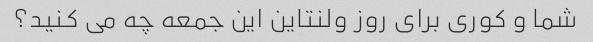
شما و کوری برای روز ولنتاین این جمعه چه می کنید؟